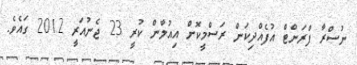
ނުސްރާ ފްރަންޓް އުފެއްދިކަން ރަސްމީކޮށް އިއުލާން ކުރީ 23 ޖެނުއަރީ 2012 ގައެވެ.